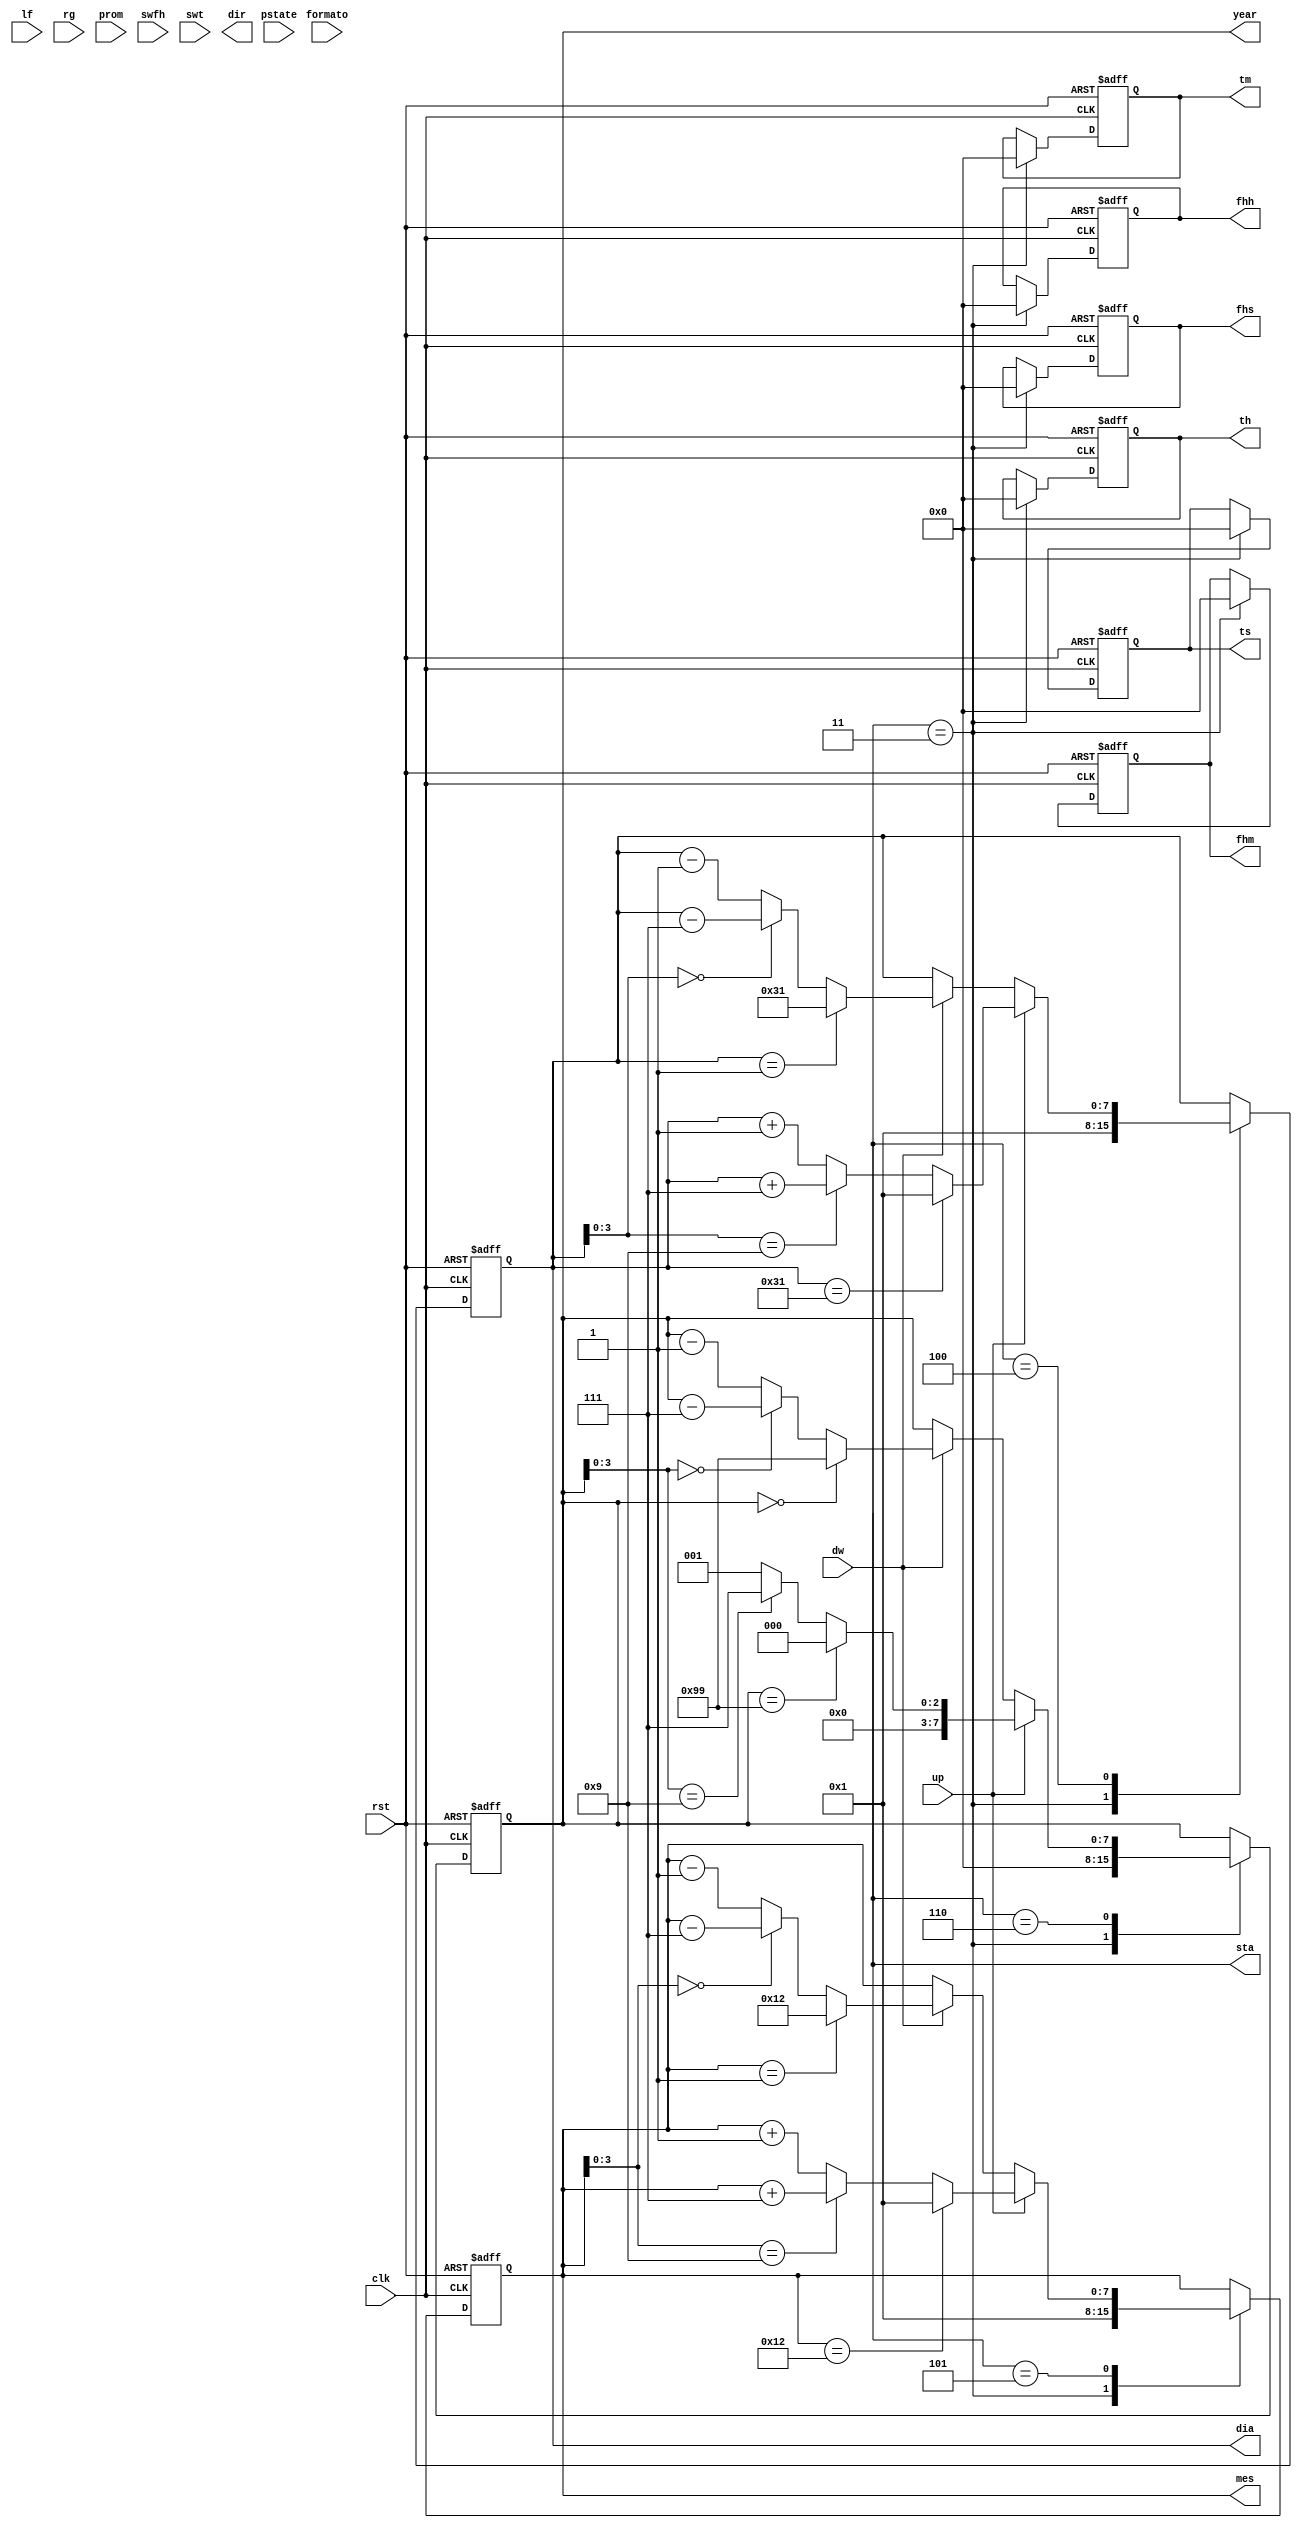
`timescale 1ns / 1ps
//////////////////////////////////////////////////////////////////////////////////
// Company: 
// Engineer: 
// 
// Design Name: 
// Module Name: cousuario
// Project Name: 
// Target Devices: 
// Tool Versions: 
// Description: 
// 
// Dependencies: 
// 
// Revision:
// Revision 0.01 - File Created
// Additional Comments:
// 
//////////////////////////////////////////////////////////////////////////////////


module cousuario(
input wire clk, rst,
input up, dw, lf, rg, prom, swfh, swt, formato,
//estadaos de las maquinas
input wire [2:0] pstate,
output reg [3:0] sta, dir,
output reg [7:0] dia, mes, year, fhh, fhm, fhs, th, tm, ts
    );
reg [3:0] nxsta;
parameter [3:0] hold=4'b0000; //espera
parameter [3:0] fht=4'b0001; //reloj o timer
parameter [3:0] tipo=4'b0010; //formato de hora
parameter [3:0] resetr=4'b0011; //reset del reloj
parameter [3:0] rdia=4'b0100; //da
parameter [3:0] rmes=4'b0101;//mes
parameter [3:0] ryear=4'b0110;//ano
parameter [3:0] rhora=4'b0111;//hora reloj
parameter [3:0] rmin=4'b1000;//min reloj
parameter [3:0] rseg=4'b1001;// seg reloj
parameter [3:0] resett=4'b1010; // reset timer                              
parameter [3:0] thora=4'b1011;//hora timer
parameter [3:0] tmin=4'b1100;//min timer
parameter [3:0] tseg=4'b1101;//seg timer

//Logica de los siguientes estados
reg horaf;
always@*
begin
    case(sta)
        hold:
            nxsta = (((pstate==3'b010)||(pstate==3'b100))&&(prom==1'b0))?fht:hold;
        fht:
            if(swfh && ~swt)
                nxsta=tipo;
            else if(swt && ~swfh)
                nxsta=resett;
            else
                nxsta=hold;
        tipo:
            if (formato) //1 para 24h, 0 para 12h
                begin
                    nxsta=resetr;
                    horaf<=1;
                end 
            else
                begin
                    nxsta=resetr;
                    horaf<=0;
                 end
        resetr:
            nxsta=rdia;
        rdia:
            if(prom)
                nxsta=hold;
            else if(rg)
                nxsta=rmes;
            else if (lf)
                nxsta=tseg;
            else
                nxsta=rdia;
        rmes:
            if(prom)
                nxsta=hold;
            else if(rg)
                nxsta=ryear;
            else if(lf)
                nxsta=rdia;
            else
                nxsta=rmes;
        ryear:
            if(prom)
                nxsta=hold;
            else if(rg)
                nxsta=rhora;
            else if(lf)
                nxsta=rmes;
            else
                nxsta=ryear;
        rhora:
            if(prom)
                nxsta=hold;
            else if(rg)
                nxsta=rmin;
            else if(lf)
                nxsta=ryear;
            else
                nxsta=rhora;
        rmin:
            if(prom)
                nxsta=hold;
            else if(rg)
                nxsta=rseg;
            else if(lf)
                nxsta=rhora;
            else
                nxsta=rmin;
        rseg:
            if(prom)
                nxsta=hold;
            else if(rg)
                nxsta=thora;
            else if(lf)
                nxsta=rmin;
            else
                nxsta=rseg;
                
        resett:
            nxsta=thora;
        thora:
            if(prom)
                nxsta=hold;
            else if(rg)
                nxsta=tmin;
            else if(lf)
                nxsta=tseg;
            else
                nxsta=thora;
        tmin:
            if(prom)
                nxsta=hold;
            else if(rg)
                nxsta=tseg;
            else if(lf)
                nxsta=thora;
            else
                nxsta=tmin;
        tseg:
            if(prom)
                nxsta=hold;
            else if(rg)
                nxsta=thora;
            else if(lf)
                nxsta=tmin;
            else
                nxsta=tseg;
        default:
            nxsta=hold;       
    endcase
end

//Modificacion de los valores de los registros debido al usuario

always @(posedge clk, posedge rst)
    if(rst==1)
        {dia, mes, year, fhh, fhm, fhs, th, tm, ts}=
        {8'h00,8'h00,8'h00,8'h00,8'h00,8'h00,8'h00,8'h00,8'h00};
    else
        begin
            {dia, mes, year, fhh, fhm, fhs, th, tm, ts}=
            {dia, mes, year, fhh, fhm, fhs, th, tm, ts};
        case(sta)
            hold:
                {dia, mes, year, fhh, fhm, fhs, th, tm, ts}=
                {dia, mes, year, fhh, fhm, fhs, th, tm, ts}; 
            resetr:
                {dia, mes, year, fhh, fhm, fhs, th, tm, ts}=
                {8'h01,8'h01,8'h00,8'h00,8'h00,8'h00,8'h00,8'h00,8'h00};
            rdia:
                begin
                    if(up)
                        if(dia==8'h31)
                            dia=8'h01;
                        else if(dia[3:0]==9)
                            dia= dia+8'h07;
                        else
                            dia= dia+8'h01;
                    else
                        if(dw)
                            if(dia==8'h01)
                                dia=8'h31;
                            else if(dia[3:0]==0)
                                dia=dia-8'h07;
                            else
                                dia=dia-9'h01;
                end
            rmes:
                begin
                    if(up)
                        if(mes==8'h12)
                            mes=8'h01;
                        else if (mes[3:0]==9)
                            mes=mes+8'h07;
                        else
                            mes=mes+8'h01;
                    else
                        if(dw)
                            if(mes==8'h01)
                                mes=8'h12;
                            else if(mes[3:0]==0)
                                mes=mes-8'h07;
                            else
                                mes=mes-8'h01;
                end
            ryear:
                begin
                    if(up)
                        if(year==8'h99)
                            year=8'h00;
                        else if(year[3:0]==9)
                            year=8'h07;
                        else
                            year=8'h01;
                    else
                        if(dw)
                            if(year==8'h00)
                                year=8'h99;
                            else if(year[3:0]==0)
                                year=year-8'h07;
                            else
                                year=year-8'h01;
                end
            rhora:
                begin
                end
        endcase
        end
endmodule